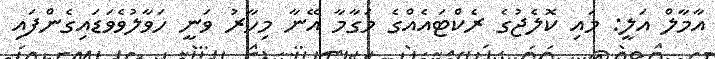
އާމާލް އަލީ: މައި ކޮލެޖުގެ ރެކްޓައެއްގެ މަގާމާ އޭނާ މިހާރު ވަނީ ހަވާލުވެވަޑައިގެންފައި